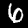
Label: 6